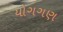
યોગગણ